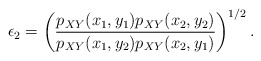
\begin{align*}\epsilon_2=\left(\frac{p_{XY}(x_1,y_1)p_{XY}(x_2,y_2)}{p_{XY}(x_1, y_2)p_{XY}(x_2, y_1)}\right)^{1/2}.\end{align*}